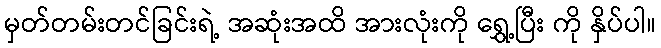
မှတ်တမ်းတင်ခြင်းရဲ့ အဆုံးအထိ အားလုံးကို ရွှေ့ပြီး ကို နှိပ်ပါ။